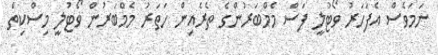
ނަމަވެސް އެފަހަރު ވޯޓުލީ ފަސް މެމްބަރުންގެ ތެރެއިން ހަތަރު މެމްބަރުން ވޯޓުލީ މިސްކިތް